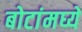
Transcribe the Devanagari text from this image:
बोटांमघ्ये